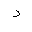
Letter: _dal